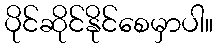
ပိုင်ဆိုင်နိုင်စေမှာပါ။